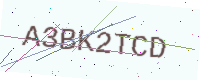
Text: A3BK2TCD